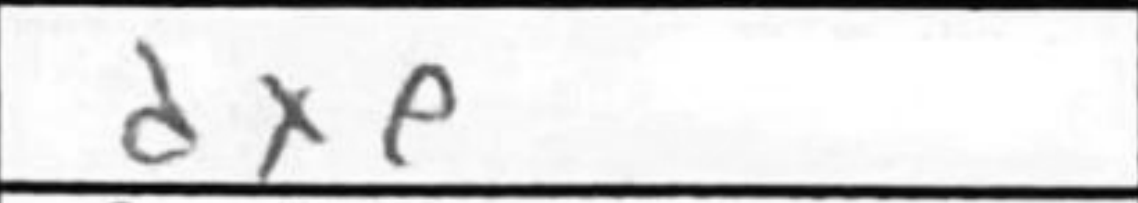
Transcription: dxe